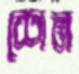
শেম